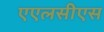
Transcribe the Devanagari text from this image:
एएलसीएस